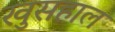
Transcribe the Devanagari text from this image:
खुसहाल